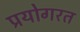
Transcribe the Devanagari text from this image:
प्रयोगरत